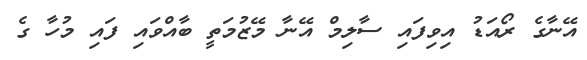
އޭނާގެ ރޯއަޑު އިވިފައި ސާލިމް އޭނާ މޭޒުމަތީ ބާއްވައި ފައި މުހާ ގެ